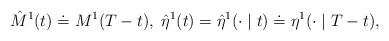
LaTeX: \begin{align*}\hat M^1(t) \doteq M^1(T-t), \; \hat \eta^1(t) = \hat\eta^1(\cdot \mid t) \doteq \eta^1(\cdot \mid T-t),\end{align*}